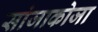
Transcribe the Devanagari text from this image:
सांजाकोजा